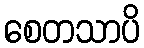
စေတသာပိ